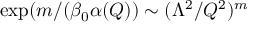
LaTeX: \exp ( m / ( \beta _ { 0 } \alpha ( Q ) ) \sim ( \Lambda ^ { 2 } / Q ^ { 2 } ) ^ { m }